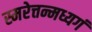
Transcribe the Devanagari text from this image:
स्मरेत्तन्मध्यगं